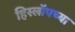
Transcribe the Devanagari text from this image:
हिस्लॉपच्या